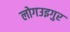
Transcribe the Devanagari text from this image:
लोगउइगुर